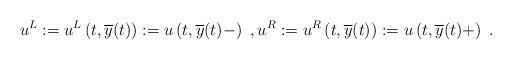
LaTeX: \begin{align*}u^{L}:=u^{L}\left(t,\overline{y}(t)\right):=u\left(t,\overline{y}(t)-\right)\ ,u^{R}:=u^{R}\left(t,\overline{y}(t)\right):=u\left(t,\overline{y}(t)+\right)\ .\end{align*}